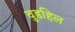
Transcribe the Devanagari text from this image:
वुडहिल